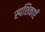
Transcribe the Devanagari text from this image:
स्पशिकाएँ